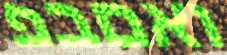
ואםבפ